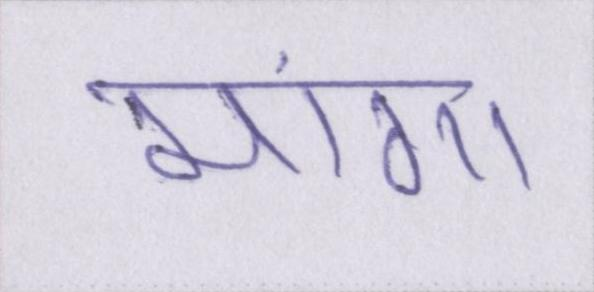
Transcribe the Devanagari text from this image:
मांगा